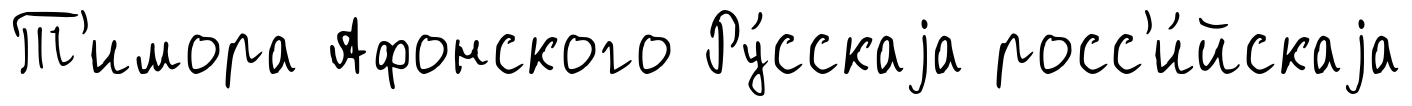
Т'имора Афонского Ру́сскаjа росс'и́йскаjа